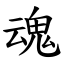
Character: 魂